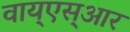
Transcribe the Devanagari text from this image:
वाय्‌एस्‌आर